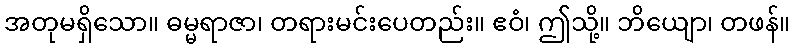
အတုမရှိသော။ ဓမ္မရာဇာ၊ တရားမင်းပေတည်း။ ဧဝံ၊ ဤသို့။ ဘိယျော၊ တဖန်။